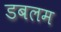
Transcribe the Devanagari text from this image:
डबलम